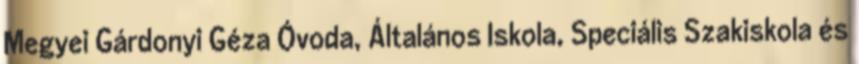
Megyei Gárdonyi Géza Óvoda, Általános Iskola, Speciális Szakiskola és